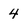
Character: 4